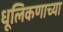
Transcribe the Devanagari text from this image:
धूलिकणाच्या